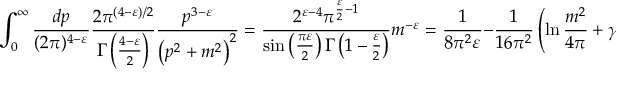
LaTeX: \int _ { 0 } ^ { \infty } { \frac { d p } { ( 2 \pi ) ^ { 4 - \varepsilon } } } { \frac { 2 \pi ^ { ( 4 - \varepsilon ) / 2 } } { \Gamma \left( { \frac { 4 - \varepsilon } { 2 } } \right) } } { \frac { p ^ { 3 - \varepsilon } } { \left( p ^ { 2 } + m ^ { 2 } \right) ^ { 2 } } } = { \frac { 2 ^ { \varepsilon - 4 } \pi ^ { { \frac { \varepsilon } { 2 } } - 1 } } { \sin \left( { \frac { \pi \varepsilon } { 2 } } \right) \Gamma \left( 1 - { \frac { \varepsilon } { 2 } } \right) } } m ^ { - \varepsilon } = { \frac { 1 } { 8 \pi ^ { 2 } \varepsilon } } - { \frac { 1 } { 1 6 \pi ^ { 2 } } } \left( \ln { \frac { m ^ { 2 } } { 4 \pi } } + \gamma \right) + { \mathcal { O } } ( \varepsilon ) .